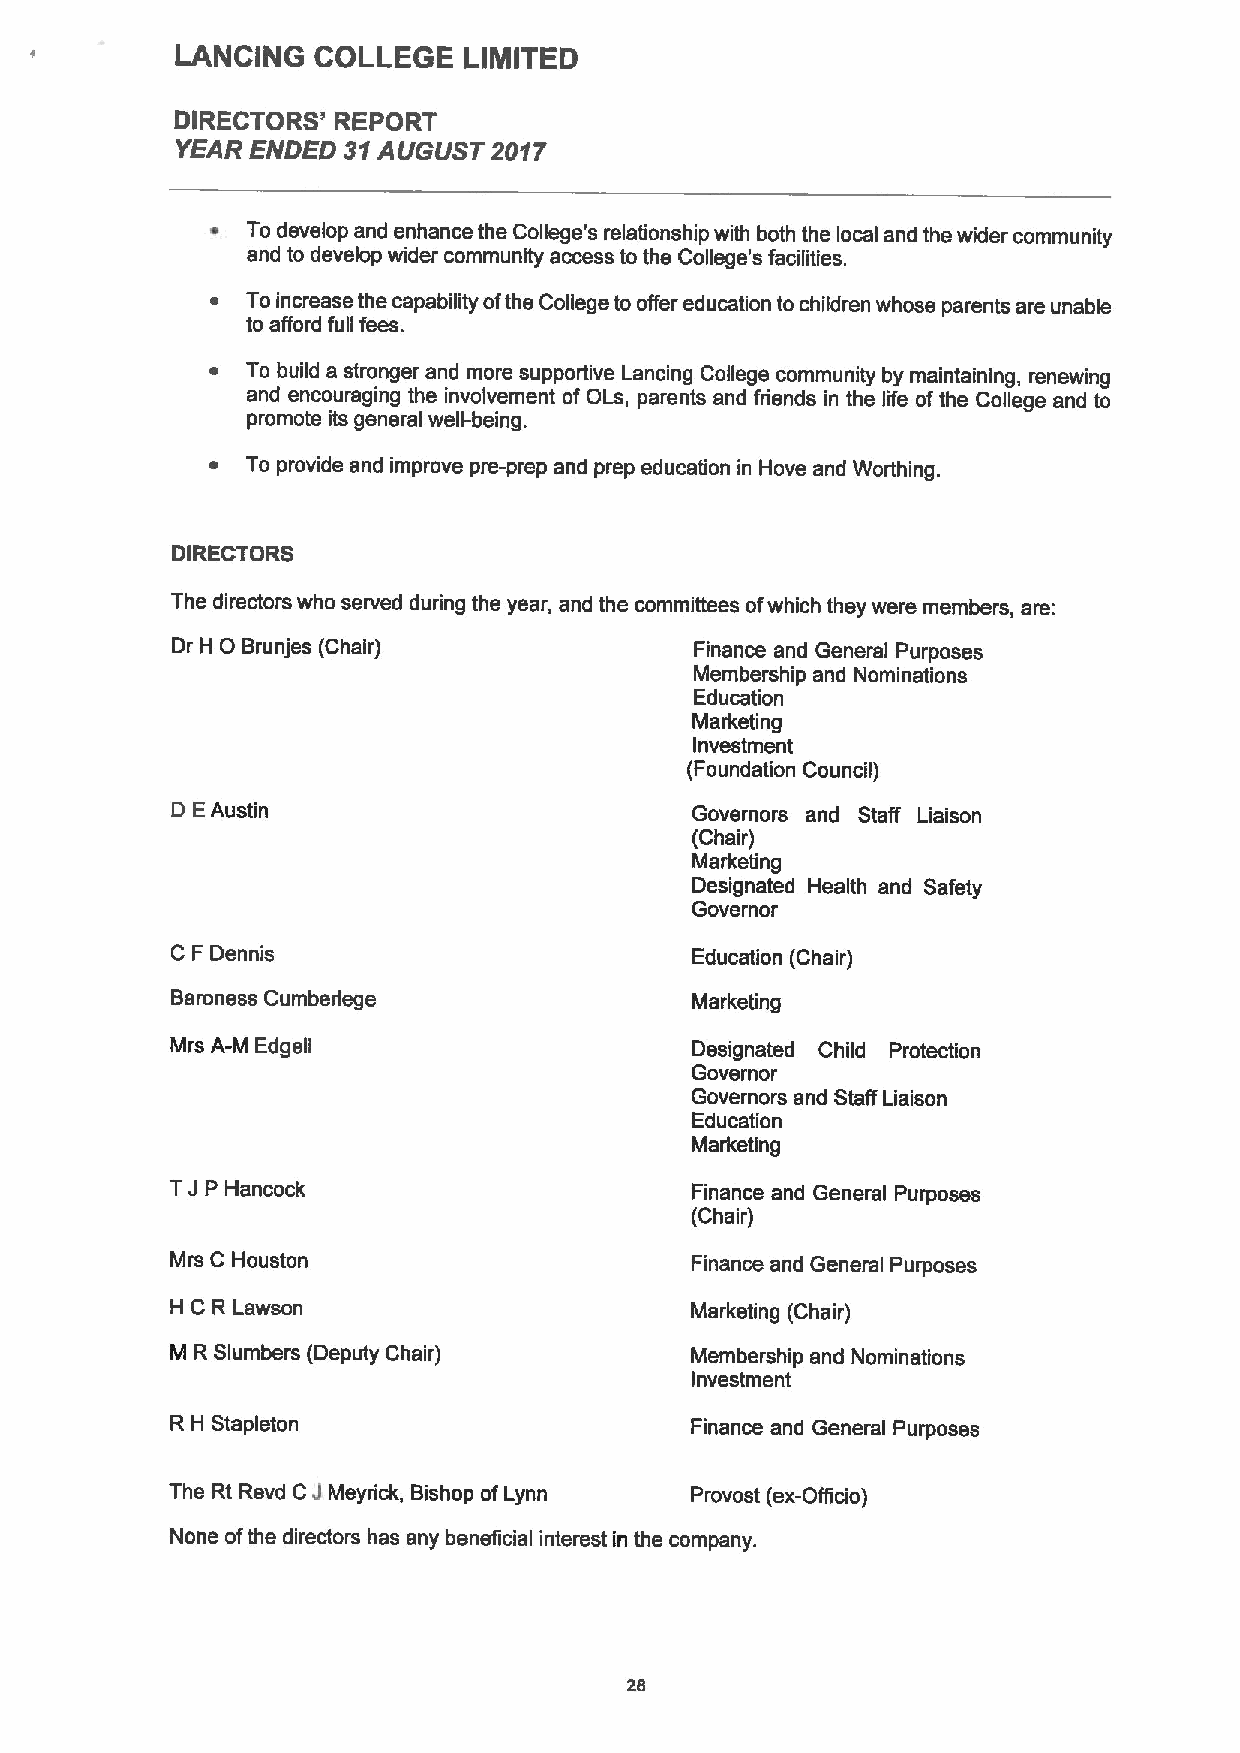
LANCING  COLLEGE   LIMITED
 DIRECTORS' REPORT
 YEAR ENDED 31AUGUST 2017
 ~ To develop and enhance the College's relationship with both the local and the wider community
 and to develop wider community access to the College's facilities.
 ~ Toincrease the capability ofthe College to offer education to children whose parents are unable
 to afford full fees.
 ~ To build a stronger and more supportive Lancing College community by maintaining, renewing
 and encouraging the involvement of OLs, parents and friends in the life ofthe College and to
 promote its general well-being.
 ~ To provide and improve pre-prep and prep education in Hove and Worthing.
 DIRECTORS
 The directors who served during the year, and the committees ofwhich they were members, are:
 0
 Dr H Brunjes (Chair)               Finance and General Purposes
 Membership and Nominations
 Education
 Marketing
 Investment
 (Foundation Council)
 D EAustin                          Governors and Staff Liaison
 (Chair)
 Marketing
 Designated Health and Safety
 Governor
 C F Dennis                         Education (Chair)
 Baroness Cumberlege                Marketing
 Mrs A-M Edgell                     Designated Child Protection
 Governor
 Governors and Staff Liaison
 Education
 Marketing
 TJP Hancock                        Finance and General Purposes
 (Chair)
 Mrs C Houston                      Finance and General Purposes
 H C R Lawson                       Marketing (Chair)
 M R Slumbers (Deputy Chair)        Membership and Nominations
 Investment
 R H Stapleton                      Finance and General Purposes
 The Rt Revd CJ Meyrick, Bishop ofLynn Provost (ex-Officio)
 None ofthe directors has any beneficial interest in the company.
 28